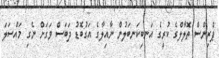
ޕްރިންސް ތޮލާލްގެ ކުރީގެ އަނބިކަނބަލުން ނާއިލާގެ އަގުބޮޑު ދަބަސް ވަގަށް ނެގި މައްސަލަ